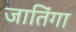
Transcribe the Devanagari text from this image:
जातिंगा